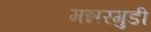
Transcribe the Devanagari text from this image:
मन्नरगुडी